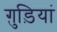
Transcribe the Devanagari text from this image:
ग़ुड़ियां